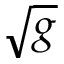
\sqrt { g }